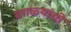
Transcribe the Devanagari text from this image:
बगळ्यांची